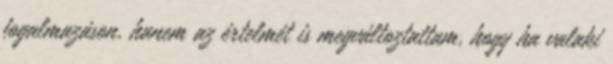
fogalmazáson, hanem az értelmét is megváltoztattam, hogy ha valaki